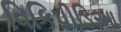
વિકિપીડિઆ